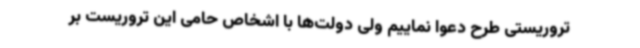
تروریستی طرح دعوا نماییم ولی دولت‌ها با اشخاص حامی این تروریست بر